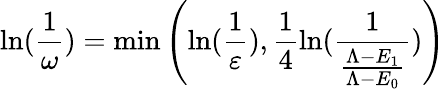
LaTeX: \ln(\frac{1}{\omega})=\operatorname*{min}\left(\ln(\frac{1}{\varepsilon}),\frac{1}{4}\ln(\frac{1}{\frac{\Lambda-E_{1}}{\Lambda-E_{0}}})\right)